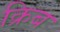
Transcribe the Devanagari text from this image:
क्रिब